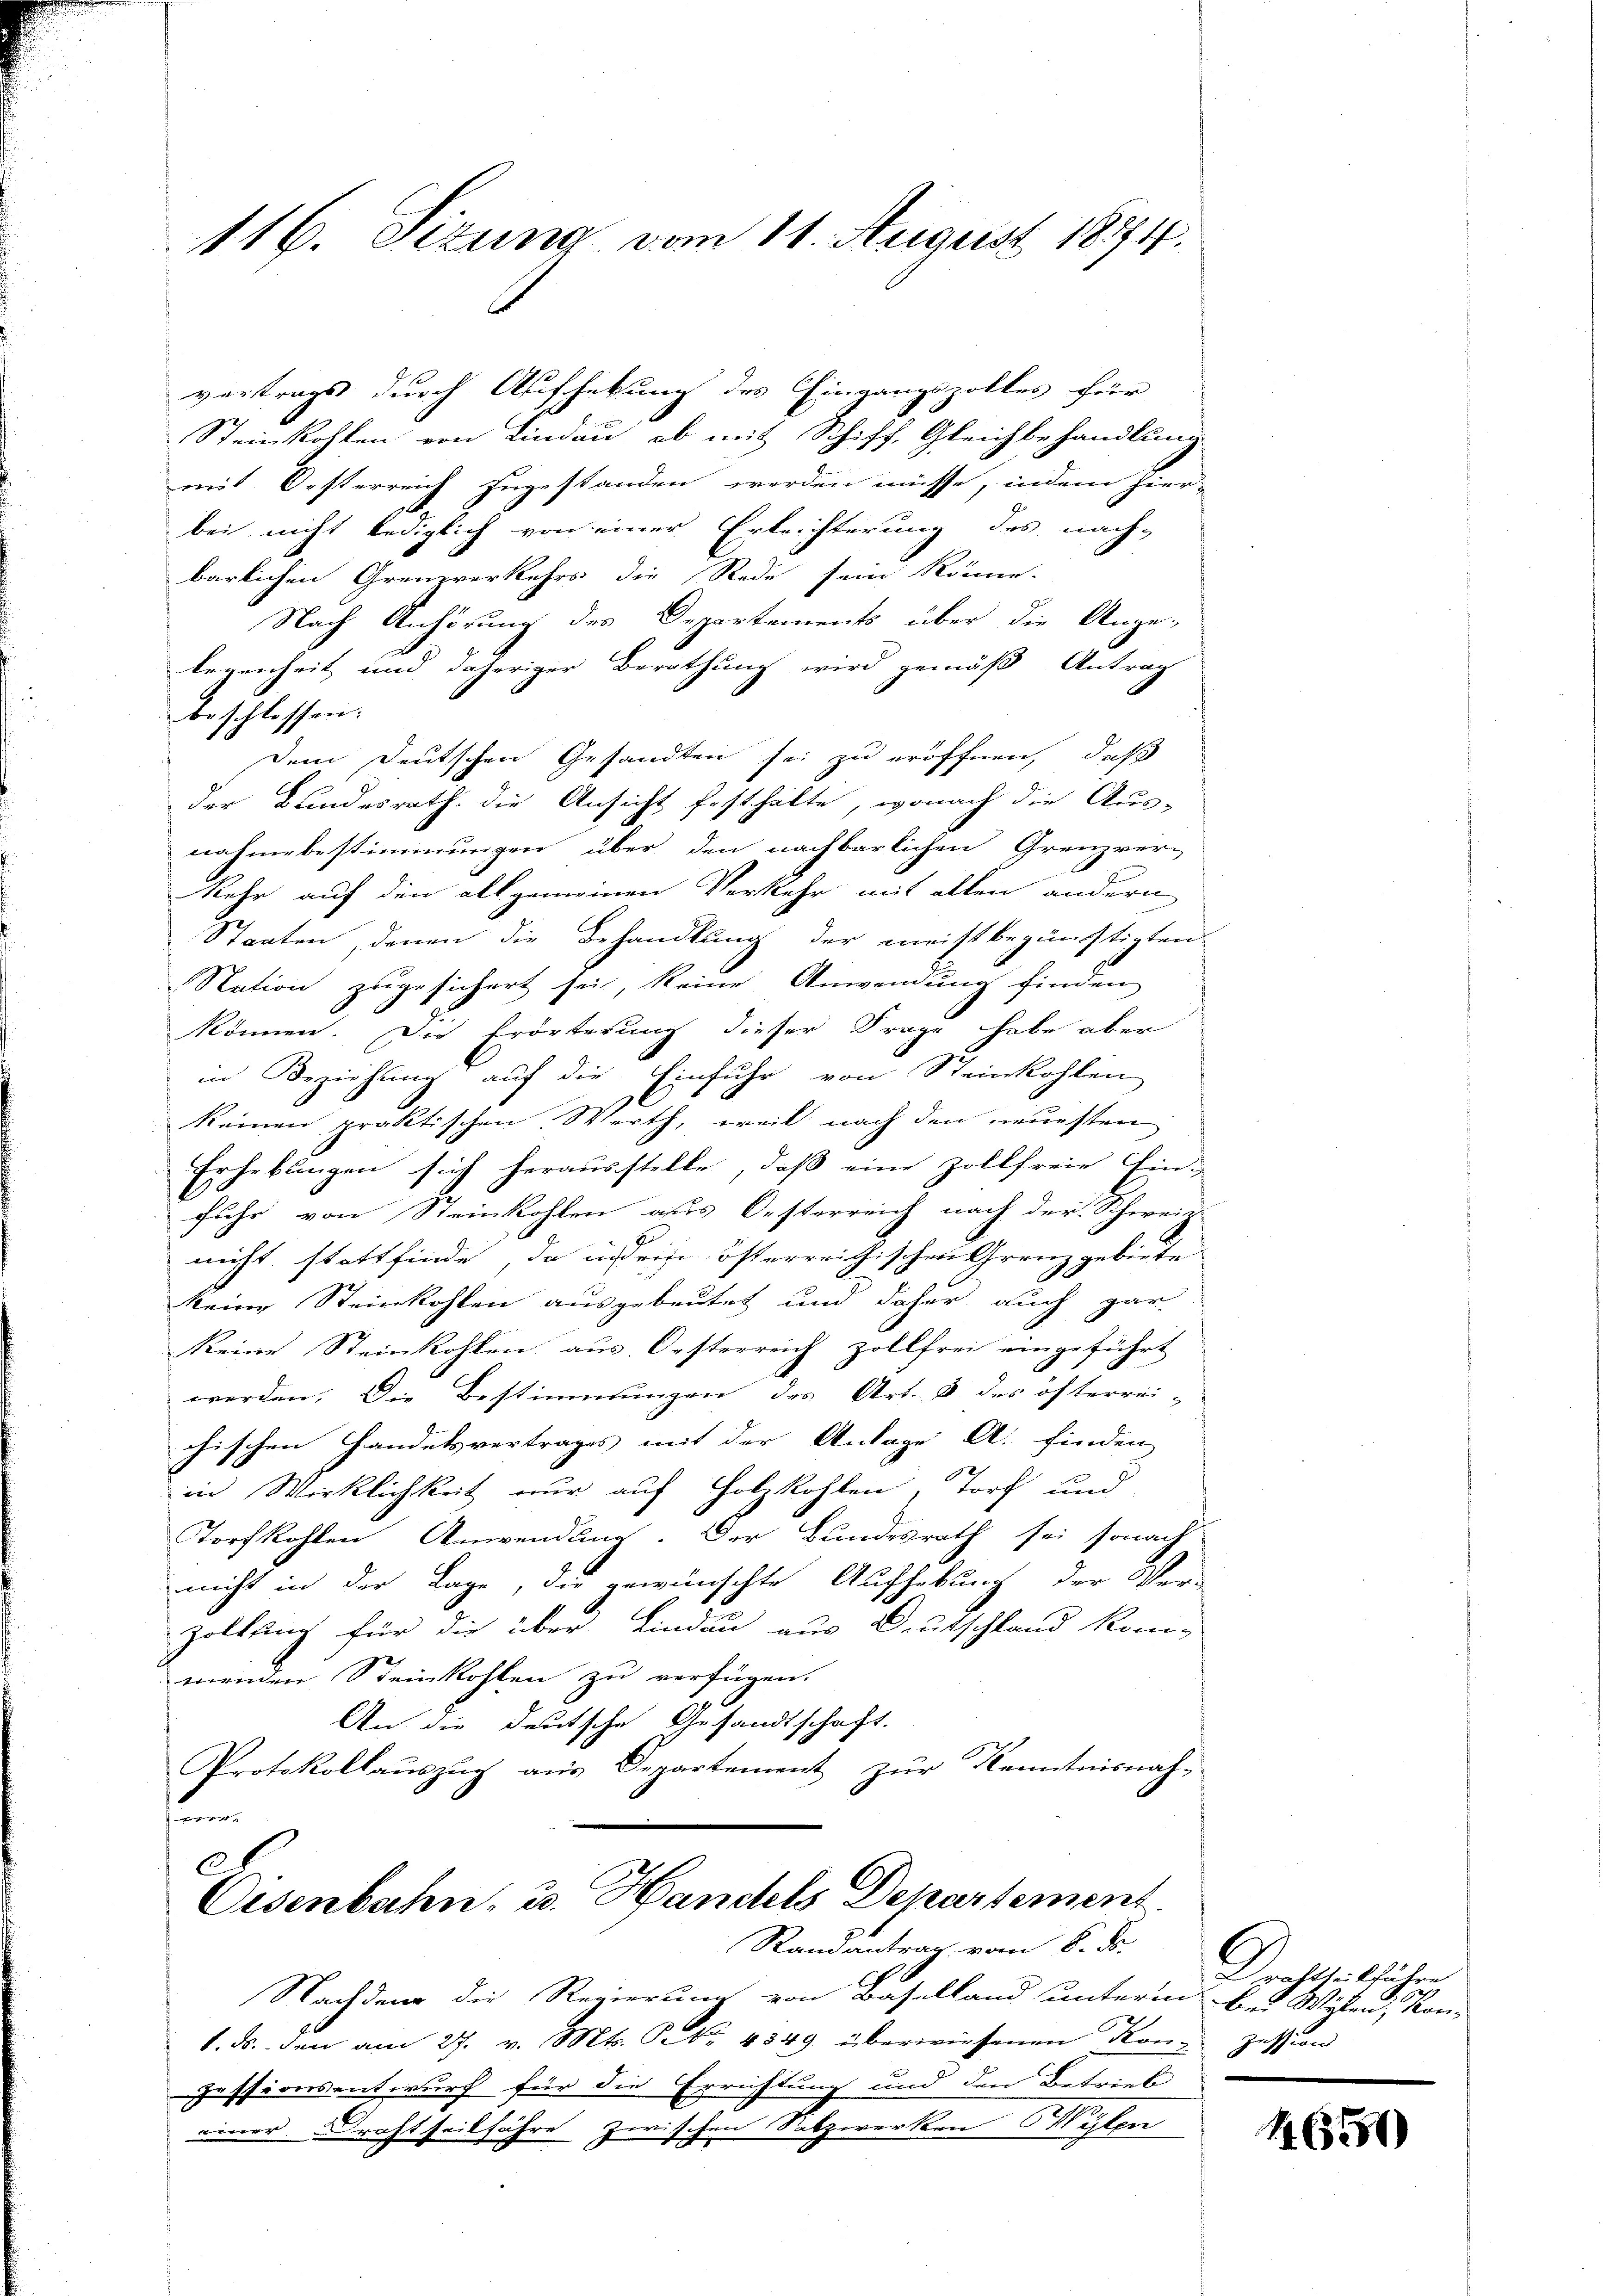
116. Sizung vom 11. August 1874.

Steinkohlen von Lindau, ob mit Schiff, Gleichbehandlung.
mit Oesterreich zugestanden werden müsse, indem hier-
bei nicht lediglich von einer Erleichterung des nach-
barlichen Grenzverkehrs die Rede sein könne.
Nach Anhörung des Departements über die Ange-
legenheit und daheriger Berathung wird gemäß Antrag
beschlossen:
Dem Deutschen Gesandten sei zu eröffnen, daß
der Bundesrath die Ansicht festhalte, wonach die Aus-
nahmebestimmungen über den nachbarlichen Grenzver-
kehr auf den allgemeinen Verkehr mit allen andern
Staaten, denen die Behandlung der meistbegünstigten
Station zugesichert sei, keine Anwendung finden
können. Die Erörterung dieser Frage habe aber
in Beziehung auf die Einfuhr von Steinkohlen
keinen praktischen Werth, weil nach den neuesten
Erhebungen sich herausstelle, daß eine Zollfreie Ein-
fuhr von Steinkohlen aus Oesterreich nach der Schweize
nicht stattfinde, da in sein österreichischen Grenz gebiete
keine Steinkohlen ausgebeutet und daher auch gar
keine Steinkohlen aus. Oesterreich zollfrei eingeführt
werden. Die Bestimmungen des Art. 8 des öfterrei-
chischen Handelsvertrages mit der Anlage A. finden
in Wirklichkeit nur auf Holzkohlen, Torf und
Torfkohlen Anwendung. Der Bundesrath sei sonach
nicht in der Lage, die gewünschte Aufhebung der Ver-
Zollung für die über Lindau aus Deutschland kom-
menden Steinkohlen zu verfügen.
An die deutsche Gesandtschaft.
Protokollaŭszŭg aŭs Departement zŭr Kenntnisnah-
un

vertrags durch Aufhebung des Eingangszolles für

2
Eisenbahn, u. Handels Departement.
Randantrag vom 6. d.

Nachdem die Regierung von Baselland unterm des Westen Kon-
1. ds. den am 27. v. Mts. P. Nr. 4349 überwiesenen Konzession
pessionsentwurf für die Errichtung und den Betrieb
einer Brachtheilfahre zwischen Salzwerken Salper

Drachthalbführe

1654